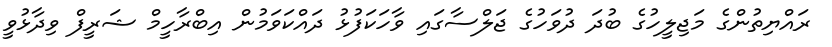
ރައްޔިތުންގެ މަޖިލީހުގެ ބުދަ ދުވަހުގެ ޖަލްސާގައި ވާހަކަފުޅު ދައްކަވަމުން އިބްރާހީމް ޝަރީފް ވިދާޅުވީ